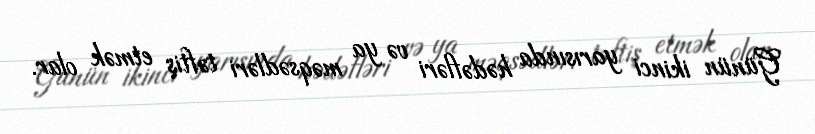
Günün ikinci yarısında hədəfləri və ya məqsədləri təftiş etmək olar.